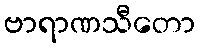
ဗာရာဏသီတော